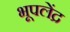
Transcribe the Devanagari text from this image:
भूपलेंद्र